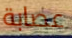
عصابة